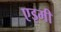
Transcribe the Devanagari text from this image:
एइमी